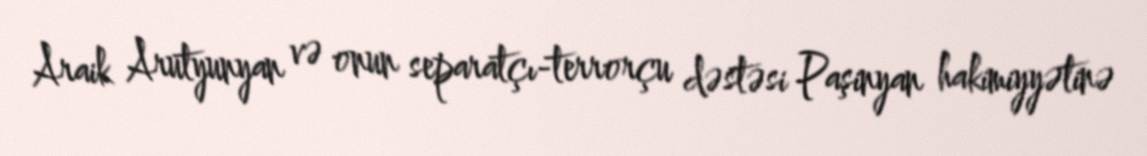
Araik Arutyunyan və onun separatçı-terrorçu dəstəsi Paşinyan hakimiyyətinə